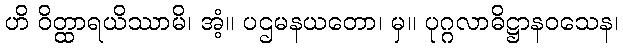
ဟိ ဝိတ္ထာရယိဿာမိ၊ အံ့။ ပဌမနယတော၊ မှ။ ပုဂ္ဂလာဓိဋ္ဌာနဝသေန၊